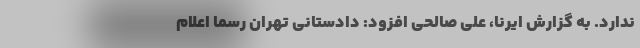
ندارد. به گزارش ایرنا، علی صالحی افزود: دادستانی تهران رسماً اعلام